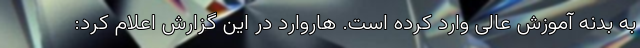
به بدنه آموزش عالی وارد کرده است. هاروارد در این گزارش اعلام کرد: